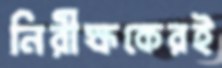
নিরীক্ষকেরই